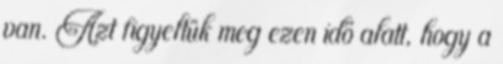
van. Azt figyeltük meg ezen idő alatt, hogy a